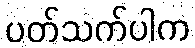
ပတ်သက်ပါက